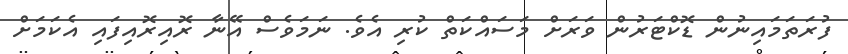
ފުރަތަމައިނުން ޑޮކްޓަރުން ވަރަށް މަސައްކަތް ކުރި އެވެ. ނަމަވެސް އޭނާ ރޮއިރޮއިފައި އެކަމަށް